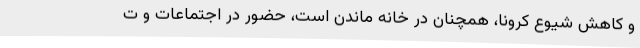
و کاهش شیوع کرونا، همچنان در خانه ماندن است، حضور در اجتماعات و ت